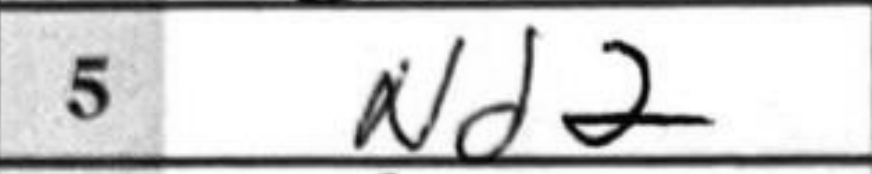
Transcription: Nd2